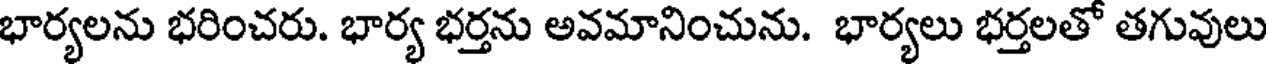
భార్యలను భరించరు. భార్య భర్తను అవమానించును. భార్యలు భర్తలతో తగువులు